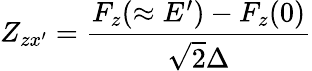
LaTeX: Z_{zx^{\prime}}=\frac{F_{z}(\approx E^{\prime})-F_{z}(0)}{\sqrt{2}\Delta}